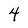
Character: 4